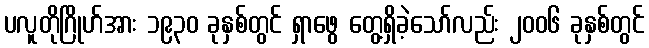
ပလူတိုဂြိုဟ်အား ၁၉၃၀ ခုနှစ်တွင် ရှာဖွေ တွေ့ရှိခဲ့သော်လည်း ၂၀၀၆ ခုနှစ်တွင်